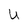
Character: U